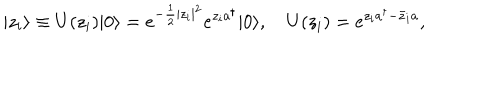
| z _ { i } \rangle \equiv U ( z _ { i } ) | 0 \rangle = e ^ { - \frac 1 2 | z _ { i } | ^ { 2 } } e ^ { z _ { i } a ^ { \dagger } } | 0 \rangle , \quad U ( z _ { i } ) = e ^ { z _ { i } a ^ { \dagger } - \bar { z } _ { i } a } ,